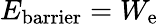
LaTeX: E_{\mathrm{{barrier}}}=W_{\mathrm{{e}}}